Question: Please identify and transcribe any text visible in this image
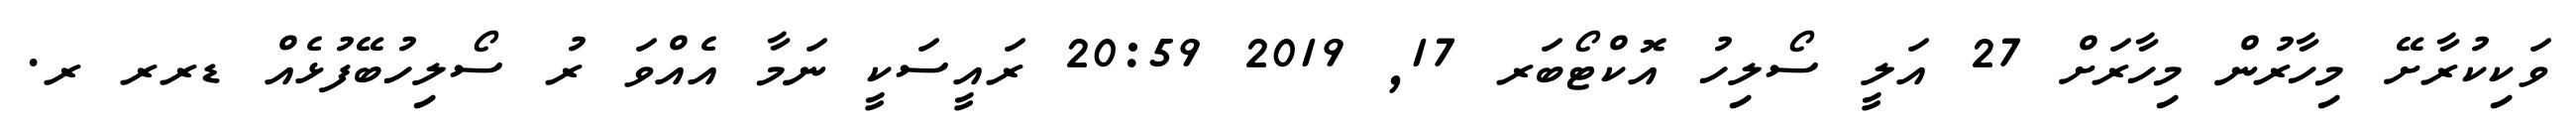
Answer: ވަކިކުރާށޭ މިހާރުން މިހާރަށް 27 އަލީ ސޯލިހު އޮކްޓޯބަރ 17, 2019 20:59 ރައީސަކީ ނަމާ އެއްވަ ރު ސޯލިހުބޭފުޅެއް ޑރރ ރ.